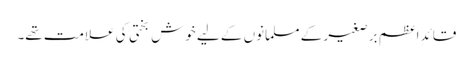
قائدِ اعظم برصغیر کے مسلمانوں کے لیے خوش بختی کی علامت تھے۔